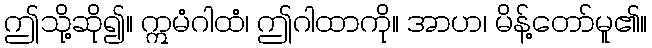
ဤသို့ဆို၍။ ဣမံဂါထံ၊ ဤဂါထာကို။ အာဟ၊ မိန့်တော်မူ၏။